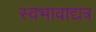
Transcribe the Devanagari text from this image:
स्वभावाद्यत्र